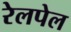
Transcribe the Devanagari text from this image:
रेलपेल